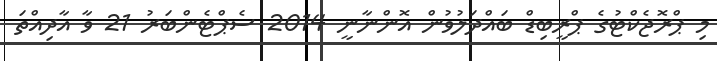
މި ޕްރޮޖެކްޓުގެ ޕްރީބިޑް ބައްދަލުވުން އޮންނާނީ 2014 ސެޕްޓެންބަރު 21 ވާ އާދިއްތަ